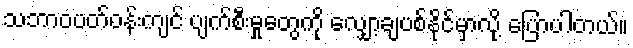
သဘာဝပတ်ဝန်းကျင် ပျက်စီးမှုတွေကို လျှော့ချပစ်နိုင်မှာလို့ ပြောပါတယ်။